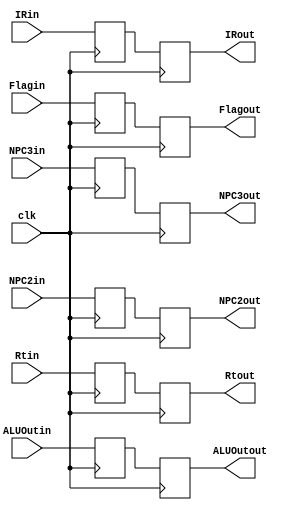
`timescale 1ns/1ps
module EXMA (
    input clk,
    input [31:0] NPC3in,
    output reg [31:0] NPC3out,
    input [31:0] NPC2in,
    output reg [31:0] NPC2out,
    input Flagin,
    input [31:0] Rtin,
    input [31:0] ALUOutin,
    input [31:0] IRin,
    output reg Flagout,
    output reg [31:0] Rtout,
    output reg [31:0] ALUOutout,
    output reg [31:0] IRout
);
    reg [31:0] NPC3;
    reg [31:0] NPC2;
    reg [31:0] Rt;
    reg [31:0] ALUOut;
    reg [31:0] IR;
    reg Flag;
    always @(posedge clk) begin
        NPC3 <= NPC3in;
        NPC3out <= NPC3;
        NPC2 <= NPC2in;
        NPC2out <= NPC2;
        Rt <= Rtin;
        Rtout <= Rt;
        ALUOut <= ALUOutin;
        ALUOutout <= ALUOut;
        IR <= IRin;
        IRout <= IR;
        Flag <= Flagin;
        Flagout <= Flag;
    end
endmodule